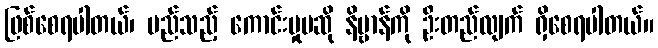
ဖြစ်စေရပါတယ်၊ မည်သည့် ကောင်းမှုမဆို နိဗ္ဗာန်ကို ဦးတည်လျက် ရှိစေရပါတယ်။